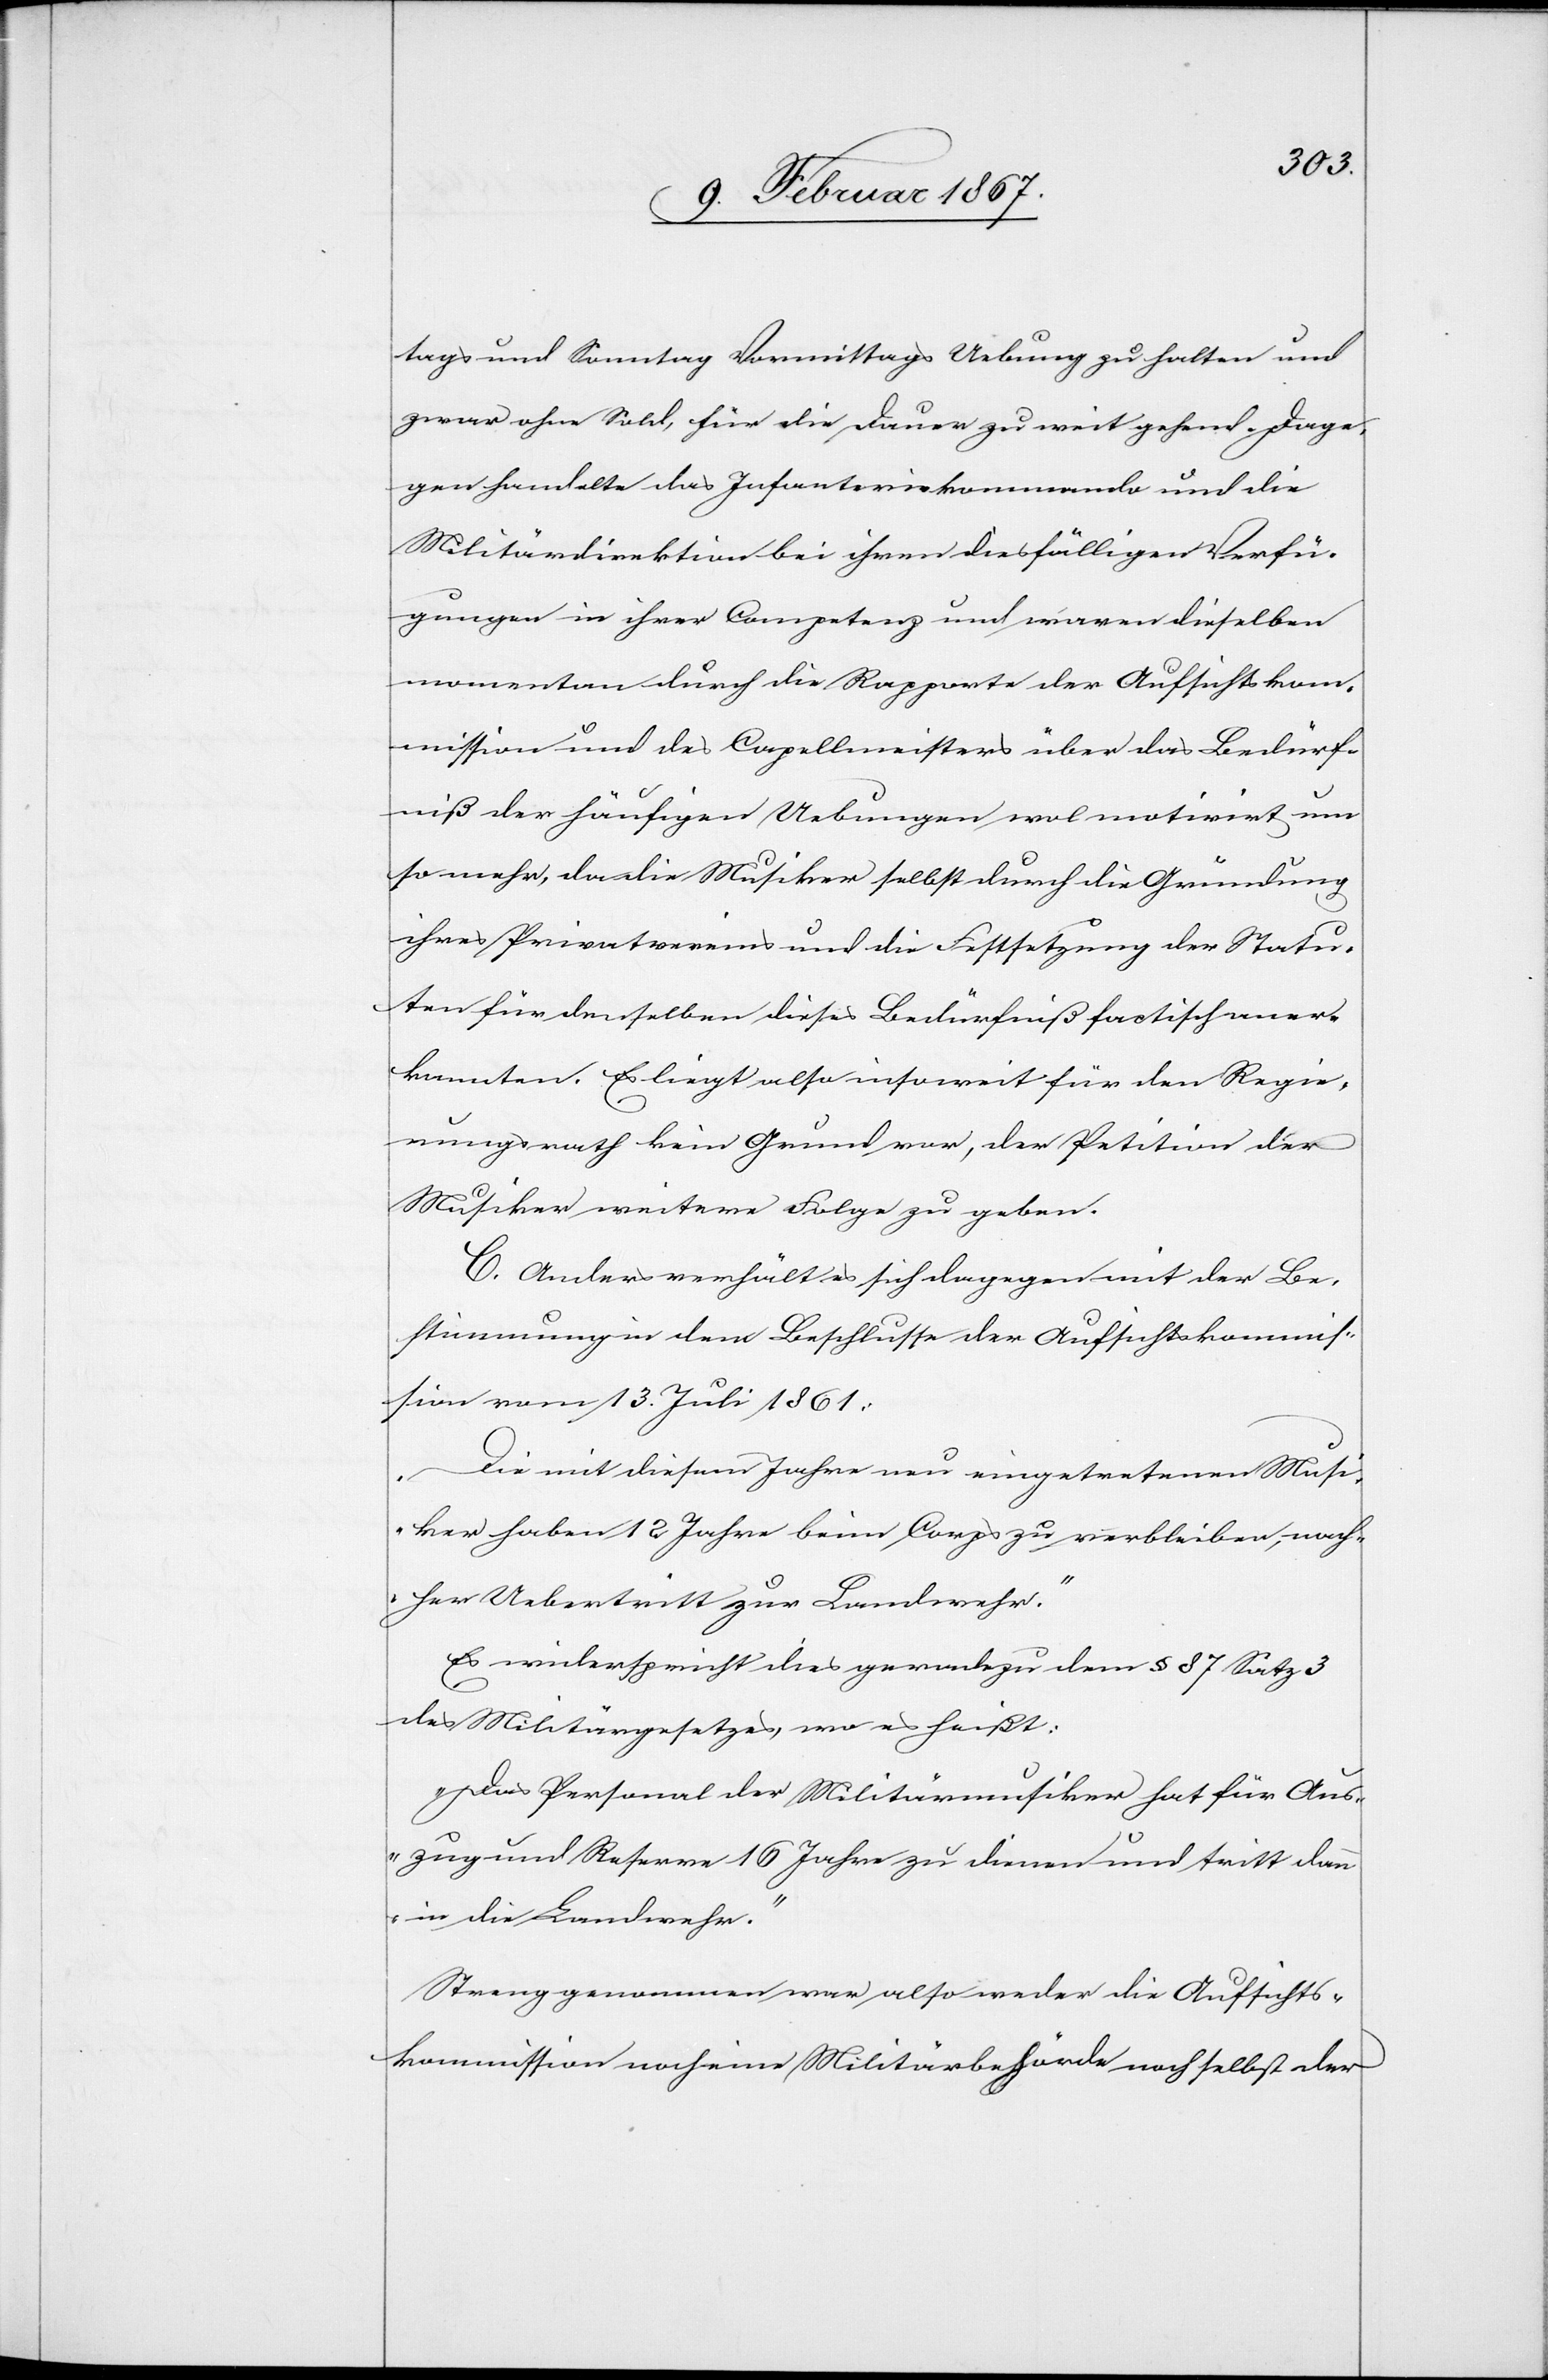
tags und Sonntag Vormittags Uebung zu halten und
zwar ohne Sold, für die Dauer zu weit gehend. Dage¬
gen handelte das Infanteriekommando und die
Militärdirektion bei ihren diesfälligen Verfü¬
gungen in ihrer Competenz und waren dieselben
momentan durch die Rapporte der Aufsichtskom¬
mission und des Capellmeisters über das Bedürf¬
niß der häufigen Uebungen wol motivirt um
so mehr, da die Musiker selbst durch die Gründung
ihres Privatvereins und die Festsetzung der Statu¬
ten für denselben dieses Bedürfniß factisch aner¬
kannten. Es liegt also insoweit für den Regie¬
rungsrath kein Grund vor, der Petition der
Musiker weitere Folge zu geben.
C. Anders verhält es sich dagegen mit der Be¬
stimmung in dem Beschlusse der Aufsichtskommis¬
sion vom 13. Juli 1861:
„Die mit diesem Jahre neu eingetretenen Musi¬
ker haben 12 Jahre beim Corps zu verbleiben, nach¬
her Uebertritt zur Landwehr.“
Es widerspricht dies geradezu dem § 87 Satz 3
des Militärgesetzes, wo es heißt:
„Das Personal der Militärmusiker hat für Aus¬
zug und Reserve 16 Jahre zu dienen und tritt dann
in die Landwehr.“
Streng genommen war also weder die Aufsichts¬
kommission noch eine Militärbehörde noch selbst der